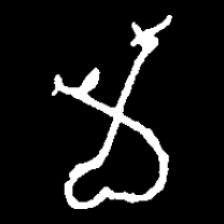
Pyu character \u2014 Myanmar letter: မ (romanized: ma)